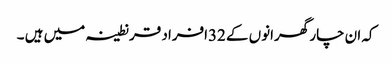
کہ ان چار گھرانوں کے 32افراد قرنطینہ میں ہیں ۔